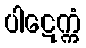
ပါဋေက္ကံ